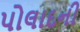
પોલાદની